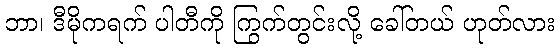
ဘာ၊ ဒီမိုကရက် ပါတီကို ကြွက်တွင်းလို့ ခေါ်တယ် ဟုတ်လား